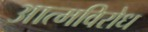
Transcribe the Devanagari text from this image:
आत्मविरोध